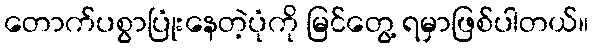
တောက်ပစွာပြုံးနေတဲ့ပုံကို မြင်တွေ့ ရမှာဖြစ်ပါတယ်။